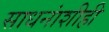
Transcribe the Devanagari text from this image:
साधनांशीही